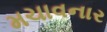
મચાવનાર